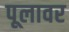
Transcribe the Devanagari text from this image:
पूलावर